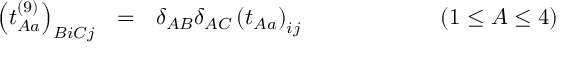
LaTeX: \left( t _ { A a } ^ { ( 9 ) } \right) _ { B i C j } \ \ = \ \ \delta _ { A B } \delta _ { A C } \left( t _ { A a } \right) _ { i j } \qquad \qquad \qquad ( 1 \leq A \leq 4 ) \qquad \qquad \qquad \quad